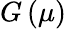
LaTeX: G\left(\mu\right)